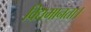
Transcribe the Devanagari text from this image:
विद्यमानता।